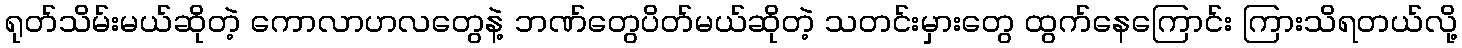
ရုတ်သိမ်းမယ်ဆိုတဲ့ ကောလာဟလတွေနဲ့ ဘဏ်တွေပိတ်မယ်ဆိုတဲ့ သတင်းမှားတွေ ထွက်နေကြောင်း ကြားသိရတယ်လို့